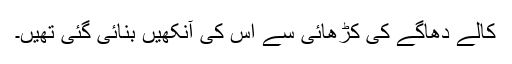
کالے دھاگے کی کڑھائی سے اس کی آنکھیں بنائی گئی تھیں۔